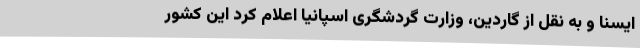
ایسنا و به نقل از گاردین، وزارت گردشگری اسپانیا اعلام کرد این کشور